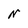
Character: N